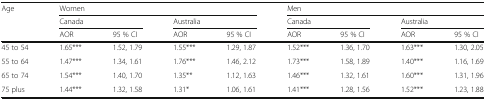
<table><thead><tr><td rowspan="3"><b>Age</b></td><td colspan="4"><b>Women</b></td><td colspan="4"><b>Men</b></td></tr><tr><td colspan="2"><b>Canada</b></td><td colspan="2"><b>Australia</b></td><td colspan="2"><b>Canada</b></td><td colspan="2"><b>Australia</b></td></tr><tr><td><b>AOR</b></td><td><b>95 % CI</b></td><td><b>AOR</b></td><td><b>95 % CI</b></td><td><b>AOR</b></td><td><b>95 % CI</b></td><td><b>AOR</b></td><td><b>95 % CI</b></td></tr></thead><tbody><tr><td>45 to 54</td><td>1.65***</td><td>1.52, 1.79</td><td>1.55***</td><td>1.29, 1.87</td><td>1.52***</td><td>1.36, 1.70</td><td>1.63***</td><td>1.30, 2.05</td></tr><tr><td>55 to 64</td><td>1.47***</td><td>1.34, 1.61</td><td>1.76***</td><td>1.46, 2.12</td><td>1.73***</td><td>1.58, 1.89</td><td>1.40***</td><td>1.16, 1.69</td></tr><tr><td>65 to 74</td><td>1.54***</td><td>1.40, 1.70</td><td>1.35**</td><td>1.12, 1.63</td><td>1.46***</td><td>1.32, 1.61</td><td>1.60***</td><td>1.31, 1.96</td></tr><tr><td>75 plus</td><td>1.44***</td><td>1.32, 1.58</td><td>1.31*</td><td>1.06, 1.61</td><td>1.41***</td><td>1.28, 1.56</td><td>1.52***</td><td>1.23, 1.88</td></tr></tbody></table>